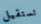
تستقيل